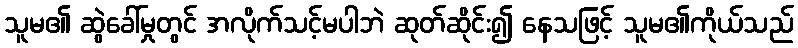
သူမ၏ ဆွဲခေါ်မှုတွင် အလိုက်သင့်မပါဘဲ ဆုတ်ဆိုင်း၍ နေသဖြင့် သူမ၏ကိုယ်သည်